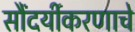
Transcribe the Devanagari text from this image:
सौंदर्यीकरणाचे